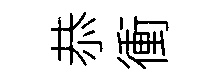
恭衝